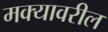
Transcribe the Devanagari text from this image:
मक्यावरील